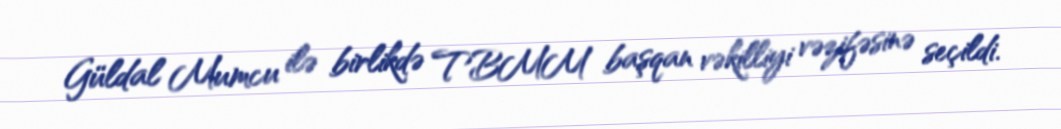
Güldal Mumcu ilə birlikdə TBMM başqan vəkilliyi vəzifəsinə seçildi.